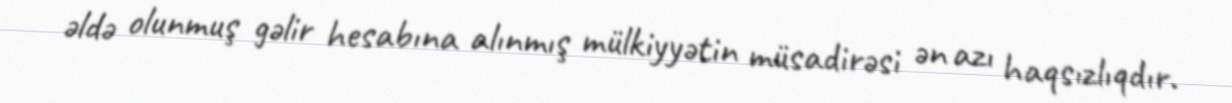
əldə olunmuş gəlir hesabına alınmış mülkiyyətin müsadirəsi ən azı haqsızlıqdır.